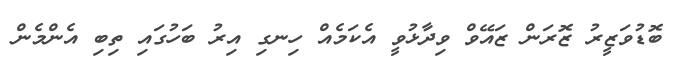
ބޮޑުވަޒީރު ޒޮރަން ޒައޭވް ވިދާޅުވީ އެކަމެއް ހިނގި އިރު ބަހުގައި ތިބި އެންމެން